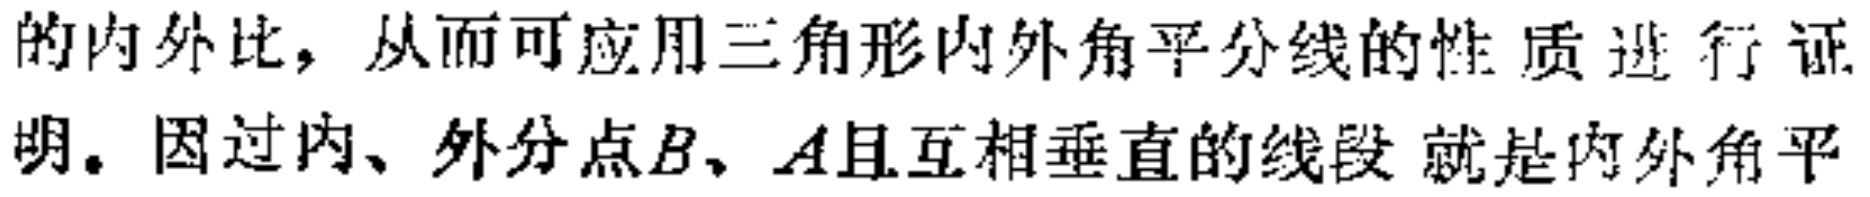
的内外比，从而可应用三角形内外角平分线的性质进行证明。因过内、外分点\(B\)、\(A\)且互相垂直的线段 就是内外角平